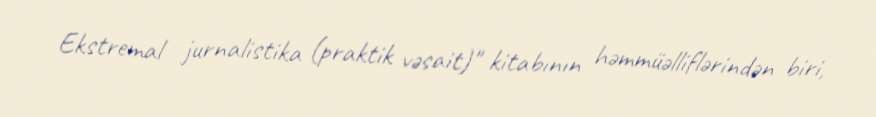
Ekstremal jurnalistika (praktik vəsait)" kitabının həmmüəlliflərindən biri,